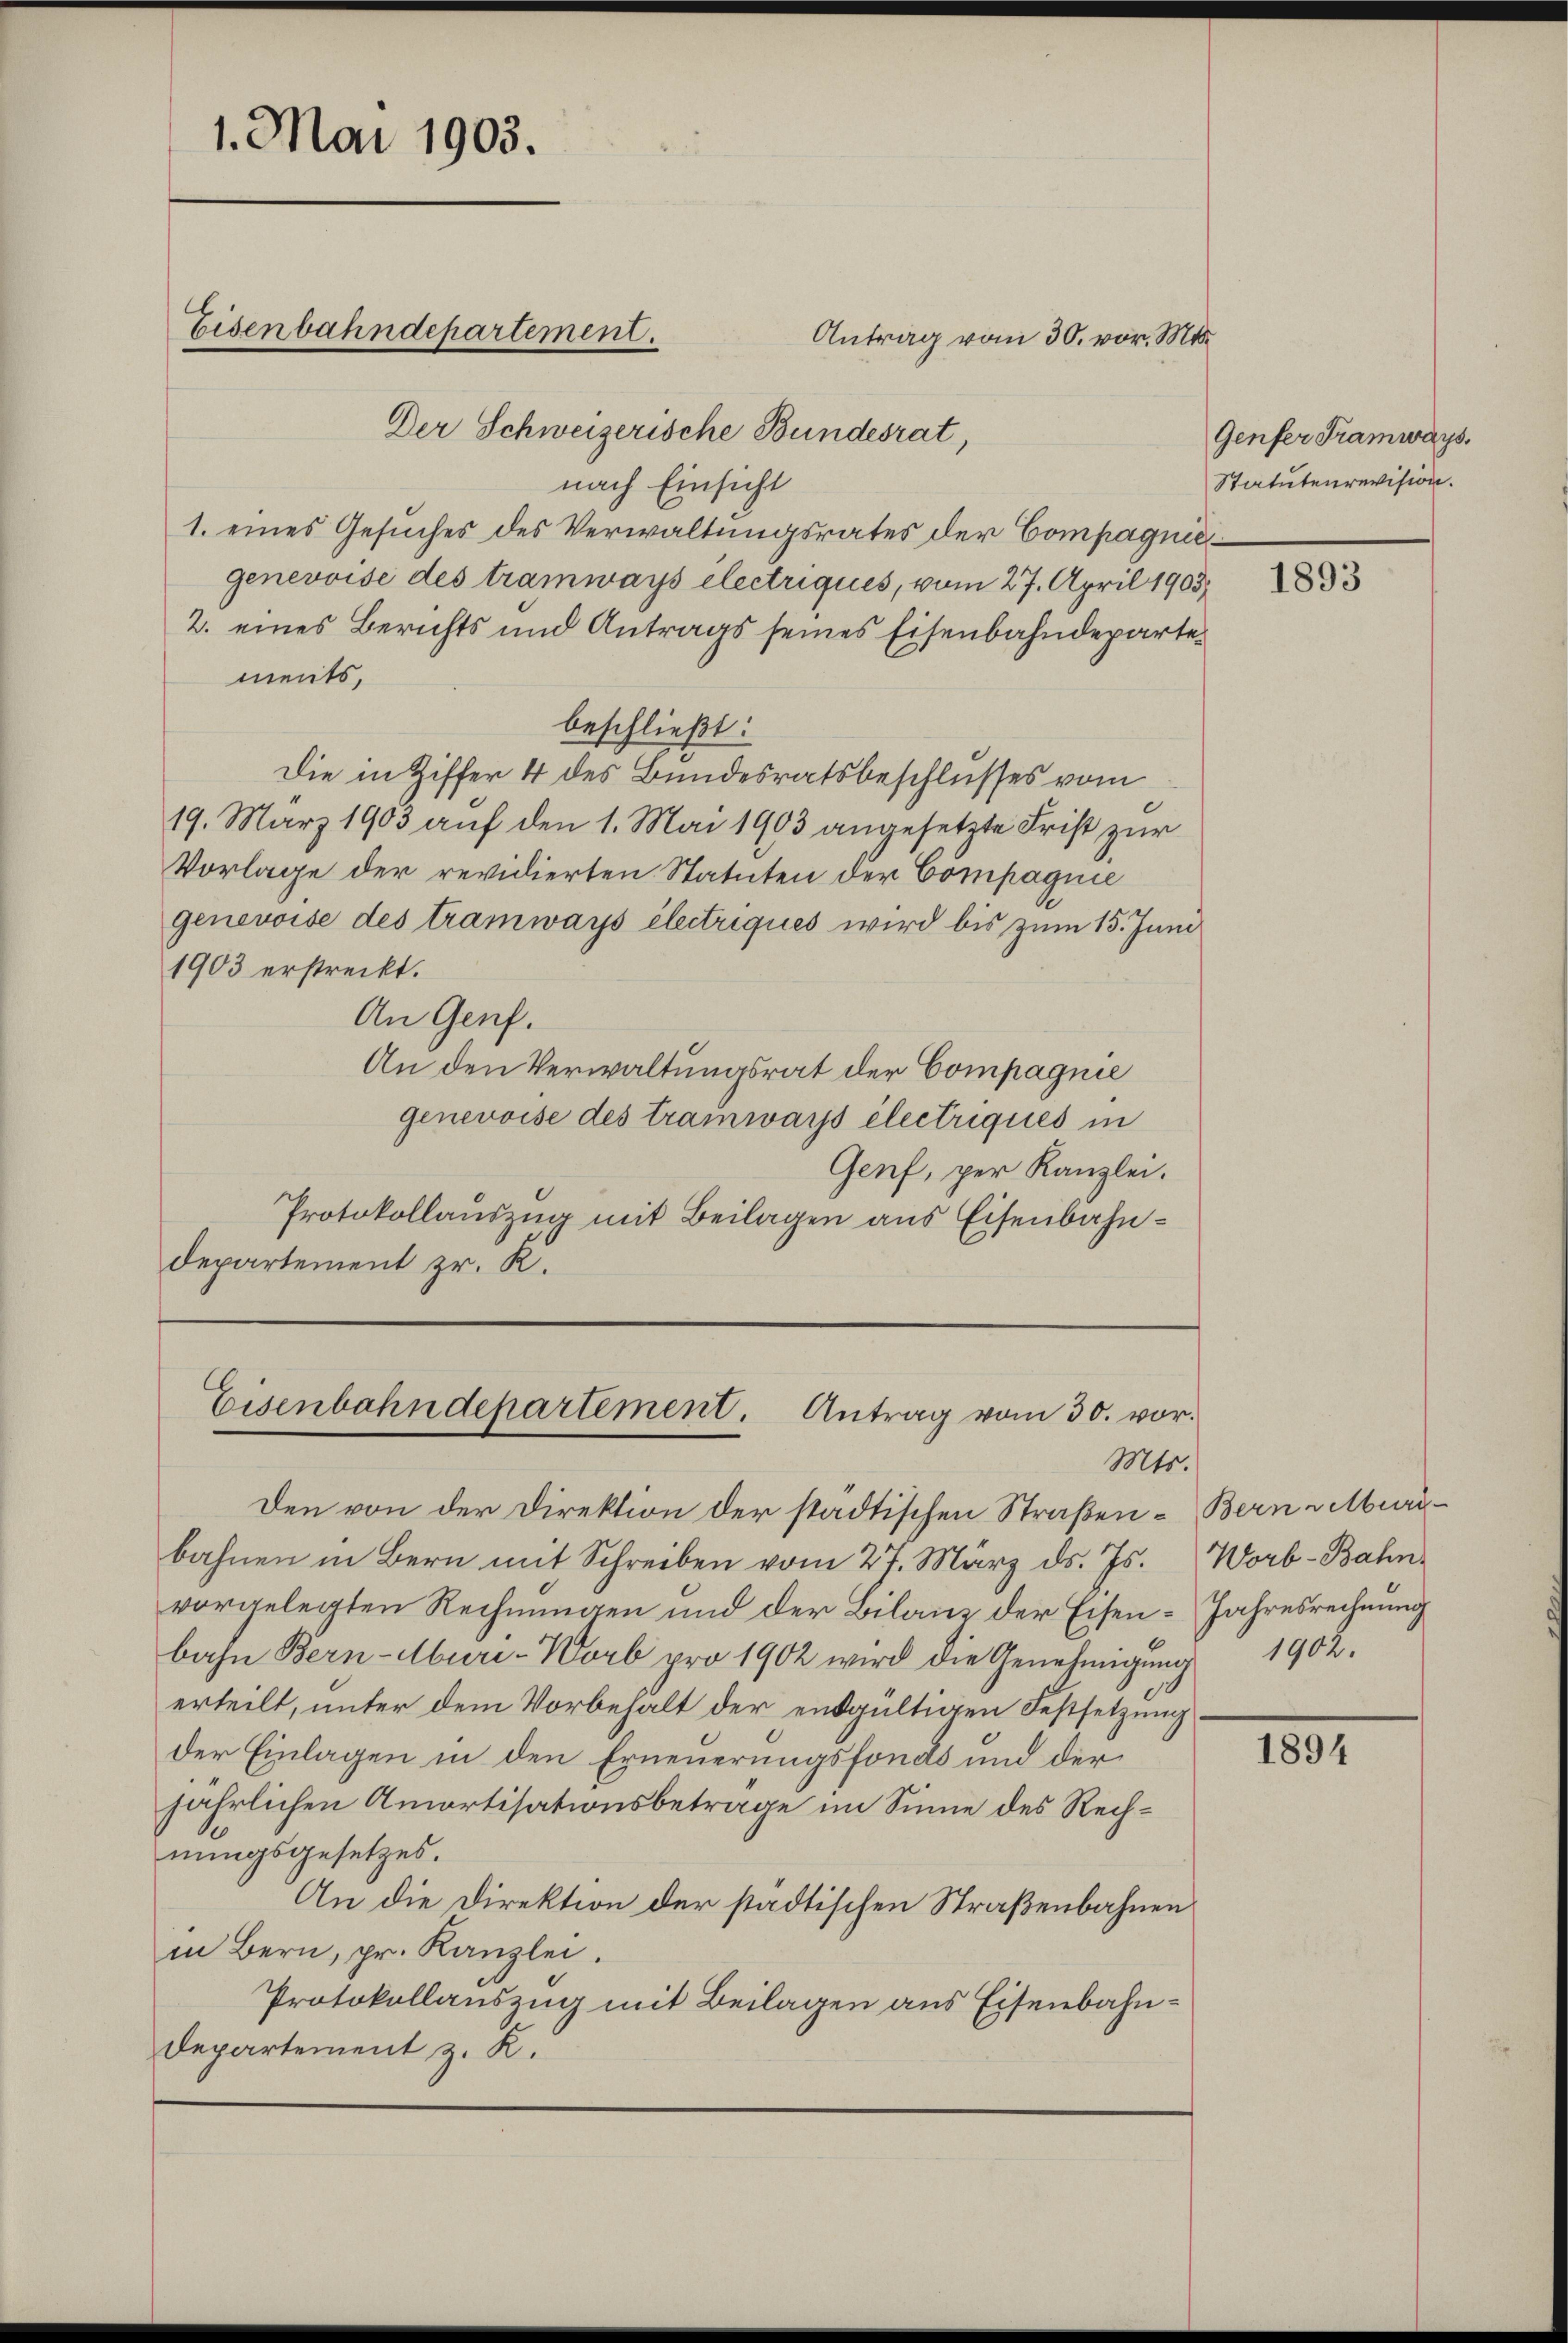
1. Mai 1903.

Eisenbahndepartement.

Der Schweizerische Bundesrat,
nach Einsicht
1. eines Gesuches des Verwaltungsrates der Compagniegenevoise des tramways électriques, vom 27. April 1903
2. eines Berichts und Antrags seines Eisenbahndepartements,
beschließt:
Die in Ziffer 4 des Bundesratsbeschlusses vom
19. März 1903 auf den 1. Mai 1903 angesetzte Frist zur
Vorlage der revidierten Statuten der Compagnie
genevoise des tramways électriques wird bis zum 15. Juni
1903 erstreckt.
An Genf.
An den Verwaltungsrat der Compagnie
genevoise des Tramwarps électriques in
Genf, per Kanzlei.
Protokollauszug mit Beilagen aus Eisenbahndepartement zr. K.

Antrag vom 30. vor. Mts.

Eisenbahndepartement. Antrag vom 30. vor.
Mts.

Den von der Direktion der städtischen Straßen- Bern selberbahnen in Bern mit Schreiben vom 27. März d. Js. Worb-Bahn-
vorgelegten Rechnungen und der Bilanz der Eisen-Jahresrechnung
bahn Bern-Aburi-Worb pro 1902 wird die Genehmigŭng 1902.
erteilt, unter dem Vorbehält der entgültigen Festsetzung
der Einlagen in den Erneuerungsfonds und der
jährlichen Amortisationsbetrage im Sinne des Rechnungsgesetzes.
An die Direktion der städtischen Straßenbahnen
in Bern, pr. Kanzlei.
Protokollauszug mit Beilagen aus Eisenbahn¬
Departement z. K.

Genfer Tramways.
Statutenrevision.

1893

1894